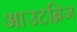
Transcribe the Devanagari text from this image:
आउटब्रिज